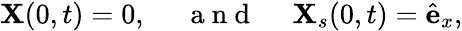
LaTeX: {\mathbf{X}}(0,t)=0,\ \ \ \ \ \mathrm{~a~n~d~}\ \ \ \ \ {\mathbf{X}}_{s}(0,t)=\hat{\mathbf{e}}_{x},